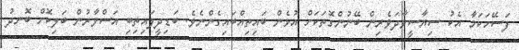
ފަސޭހަކަމާ އެކު ސިޔާސީވާދަވެރިން ބޭނުންގޮތަކަށް އުޅެން ބައިތިއްބައިގެންނެވެ. ބަޑިދީފައިތިބި އަސްވާރުން ބަލިކޮށް ބޮނދު